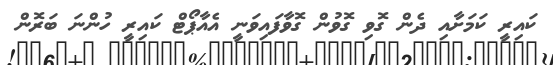
ކައިރީ ކަމަށާއި ދެން ގޮވި ގޮވުން ގޮވާފައިވަނީ އެއާޕޯޓް ކައިރީ ހުންނަ ބަރޮން